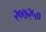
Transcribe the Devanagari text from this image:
२०७२५०